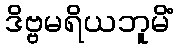
ဒိဗ္ဗမရိယဘူမိံ